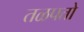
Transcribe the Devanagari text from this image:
तळपतो